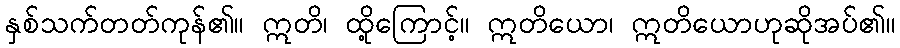
နှစ်သက်တတ်ကုန်၏။ ဣတိ၊ ထို့ကြောင့်။ ဣတိယော၊ ဣတိယောဟုဆိုအပ်၏။